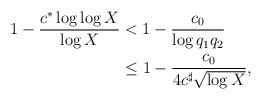
LaTeX: \begin{align*}1-\frac{c^*\log\log X}{\log X}&<1-\frac{c_0}{\log q_1q_2}\\&\leq1-\frac{c_0}{4c^\sharp\sqrt{\log X}},\end{align*}